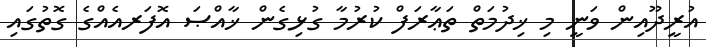
އުރީދޫއިން ވަނީ މި ޚިދުމަތް ތަޢާރަފް ކުރުމާ ގުޅިގެން ޚާއްޞަ އޮފަރއެއްގެ ގޮތުގައި